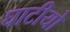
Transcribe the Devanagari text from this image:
घाटीयो